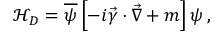
{ \mathcal { H } } _ { D } = { \overline { { \psi } } } \left[ - i { \vec { \gamma } } \cdot { \vec { \nabla } } + m \right] \psi \, ,